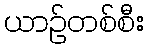
ယာဉ်တစ်စီး